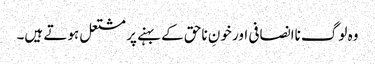
وہ لوگ ناانصافی اور خونِ ناحق کے بہنے پر مشتعل ہوتے ہیں۔